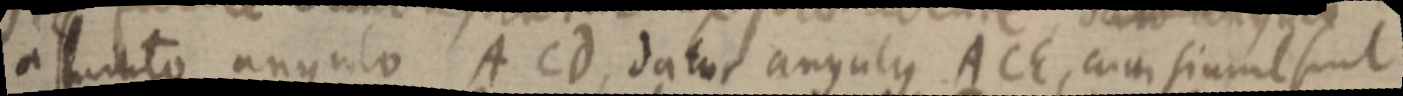
assumto angulo A Cd, datur angulus ACE, cum simul sint